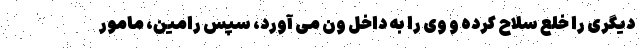
دیگری را خلع سلاح کرده و وی را به داخل ون می آورد، سپس رامین، مامور